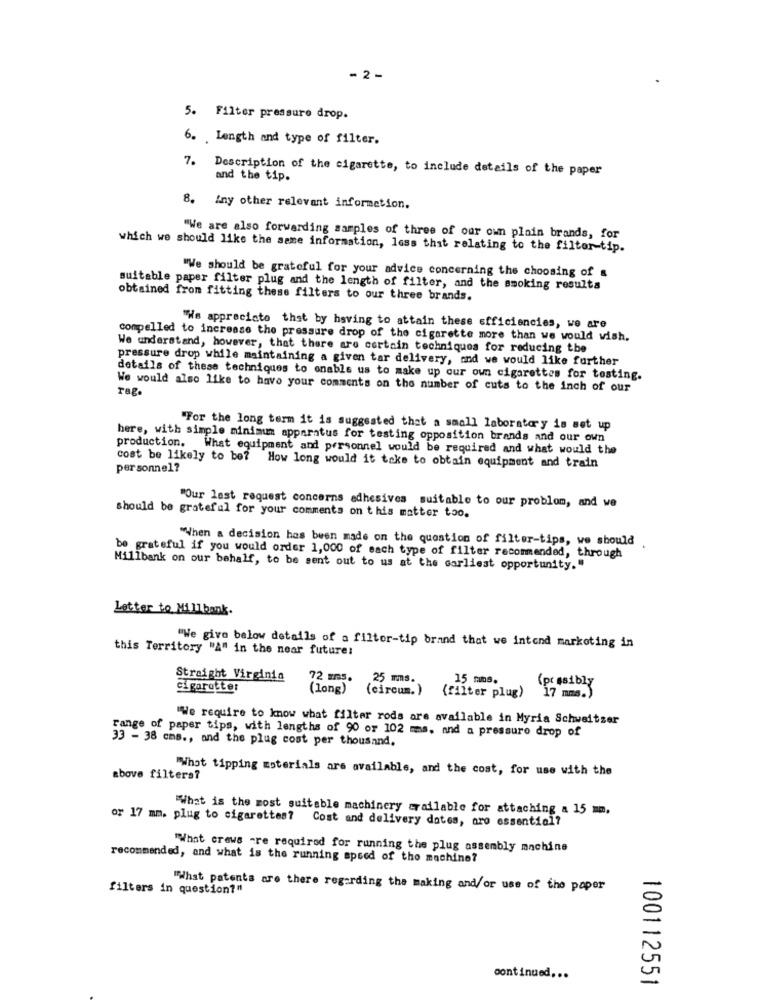
- 2 -
5. Filter pressure drop.
6. Length and type of filter.
7.
Description of the cigarette, to include details of the paper
and the tip.
8. Any other relevant information.
"We are also forwarding samples of three of our own plain brands, for
which we should like the same information, loss that relating to the filter-tip.
"We should be grateful for your advice concerning the choosing of a
suitable paper filter plug and the length of filter, and the smoking results
obtained from fitting these filters to our three brands.
"We appreciate that by having to attain these efficiencies, we are
compelled to increase the pressure drop of the cigarette more than we would wish.
We understand, however, that there are certain techniques for reducing the
pressure drop while maintaining a given tar delivery, and we would like further
details of these techniques to enable us to make up our own cigarettes for testing.
We would also like to have your comments on the number of cuts to the inch of our
Tag.
"For the long term it is suggested that a small laboratory is set up
here, with simple minimum apparatus for testing opposition brands and our own
production. What equipment and personnel would be required and what would the
cost be likely to be? How long would it take to obtain equipment and train
personnel?
"Our last request concerns adhesives suitable to our problom, and we
should be grateful for your comments on this matter too.
"When a decision has been made on the question of filter-tips, we should
be grateful if you would order 1,000 of each type of filter recommended, through
Millbank on our behalf, to be sent out to us at the earliest opportunity."
Letter to Millbank.
this Territory "A" in the near future:
"We give below details of a filter-tip brand that we intend marketing in
Straight Virginia
72 mms. 25 mms.
15 mms.
cigaretter
(long)
(circum. )
(filter plug)
or #sibly
"We require to know what filter rods are available in Myria Schweitzer
range of paper tips, with lengths of 90 or 102 mms. and a pressure drop of
33 - 38 cms ., and the plug cost per thousand.
"What tipping materials are available, and the cost, for use with the
above filters?
"What is the most suitable machinery crailable for attaching a 15 mm.
or 17 mm. plug to cigarettes?
Cost and delivery dates, are essential?
"What crews -re required for running the plug assembly machine
recommended, and what is the running speed of the machine?
filters in question?"
"What patents are there regarding the making and/or use of the paper
continued ...
100112551